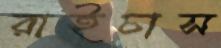
রাইচাস